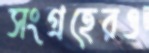
সংগ্রহেরও